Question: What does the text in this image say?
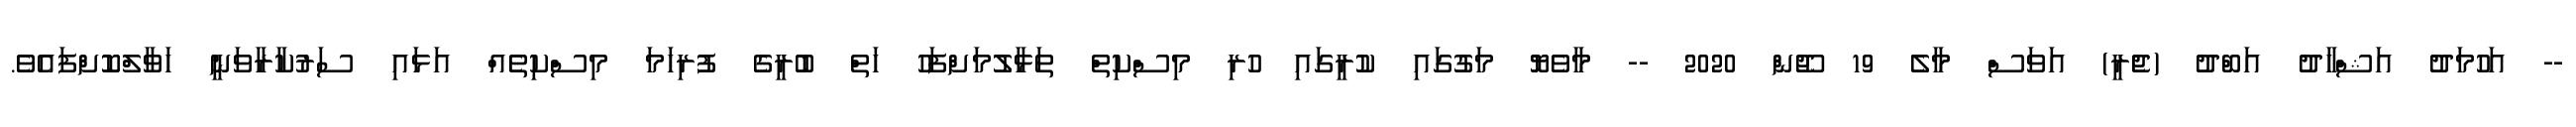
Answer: -- އަހުމަދު އަޝްހާދު އަބްދު (ޖެރީ) އަވަސް މާލެ 19 ޖޫން 2020 -- މާވެޔޮ މަގުގައި ކުރީގައި ހުރި މިސްކިތް ތަޅާލުމަށްފަހު ހަތް ބުރީގެ ފުރިހަމަ މިސްކިތެއް އަޅައި ސަރުކާރާވަނީ ހަވާލްކޮށްފައެވެ.